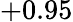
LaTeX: +0.95